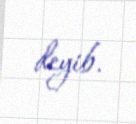
deyib.